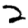
Digit: 2